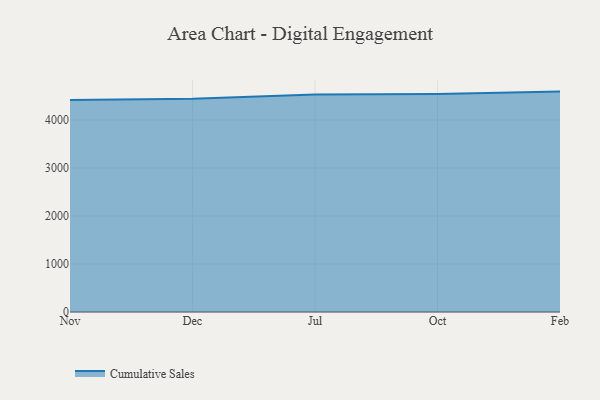
{"axis": {"x": "Month", "y": "Backlog"}, "legend": ["Cumulative Sales"], "data": [{"x": "Nov", "y": 4417.5, "type": "Cumulative Sales"}, {"x": "Dec", "y": 4443.2, "type": "Cumulative Sales"}, {"x": "Jul", "y": 4529.8, "type": "Cumulative Sales"}, {"x": "Oct", "y": 4542.6, "type": "Cumulative Sales"}, {"x": "Feb", "y": 4592.7, "type": "Cumulative Sales"}]}